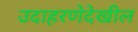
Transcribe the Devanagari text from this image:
उदाहरणेदेखील